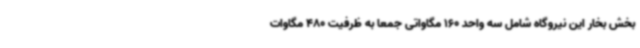
بخش بخار این نیروگاه شامل سه واحد 160 مگاواتی جمعا به ظرفیت 480 مگاوات